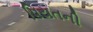
પિયતની